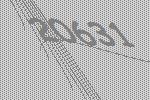
20631